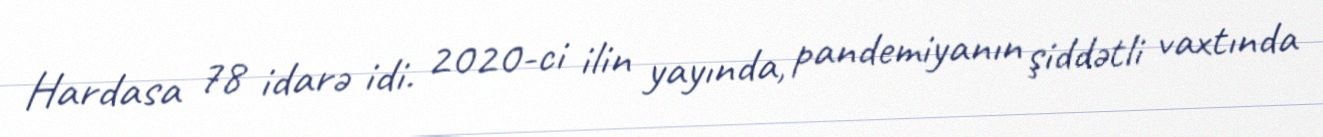
Hardasa 78 idarə idi. 2020-ci ilin yayında, pandemiyanın şiddətli vaxtında